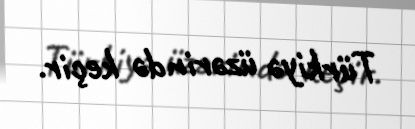
Türkiyə üzərində keçir.